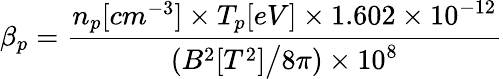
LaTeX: \beta_{p}=\frac{n_{p}[cm^{-3}]\times T_{p}[eV]\times 1.602\times 10^{-12}}{(B^{2}[T^{2}]\big/8\pi)\times 10^{8}}